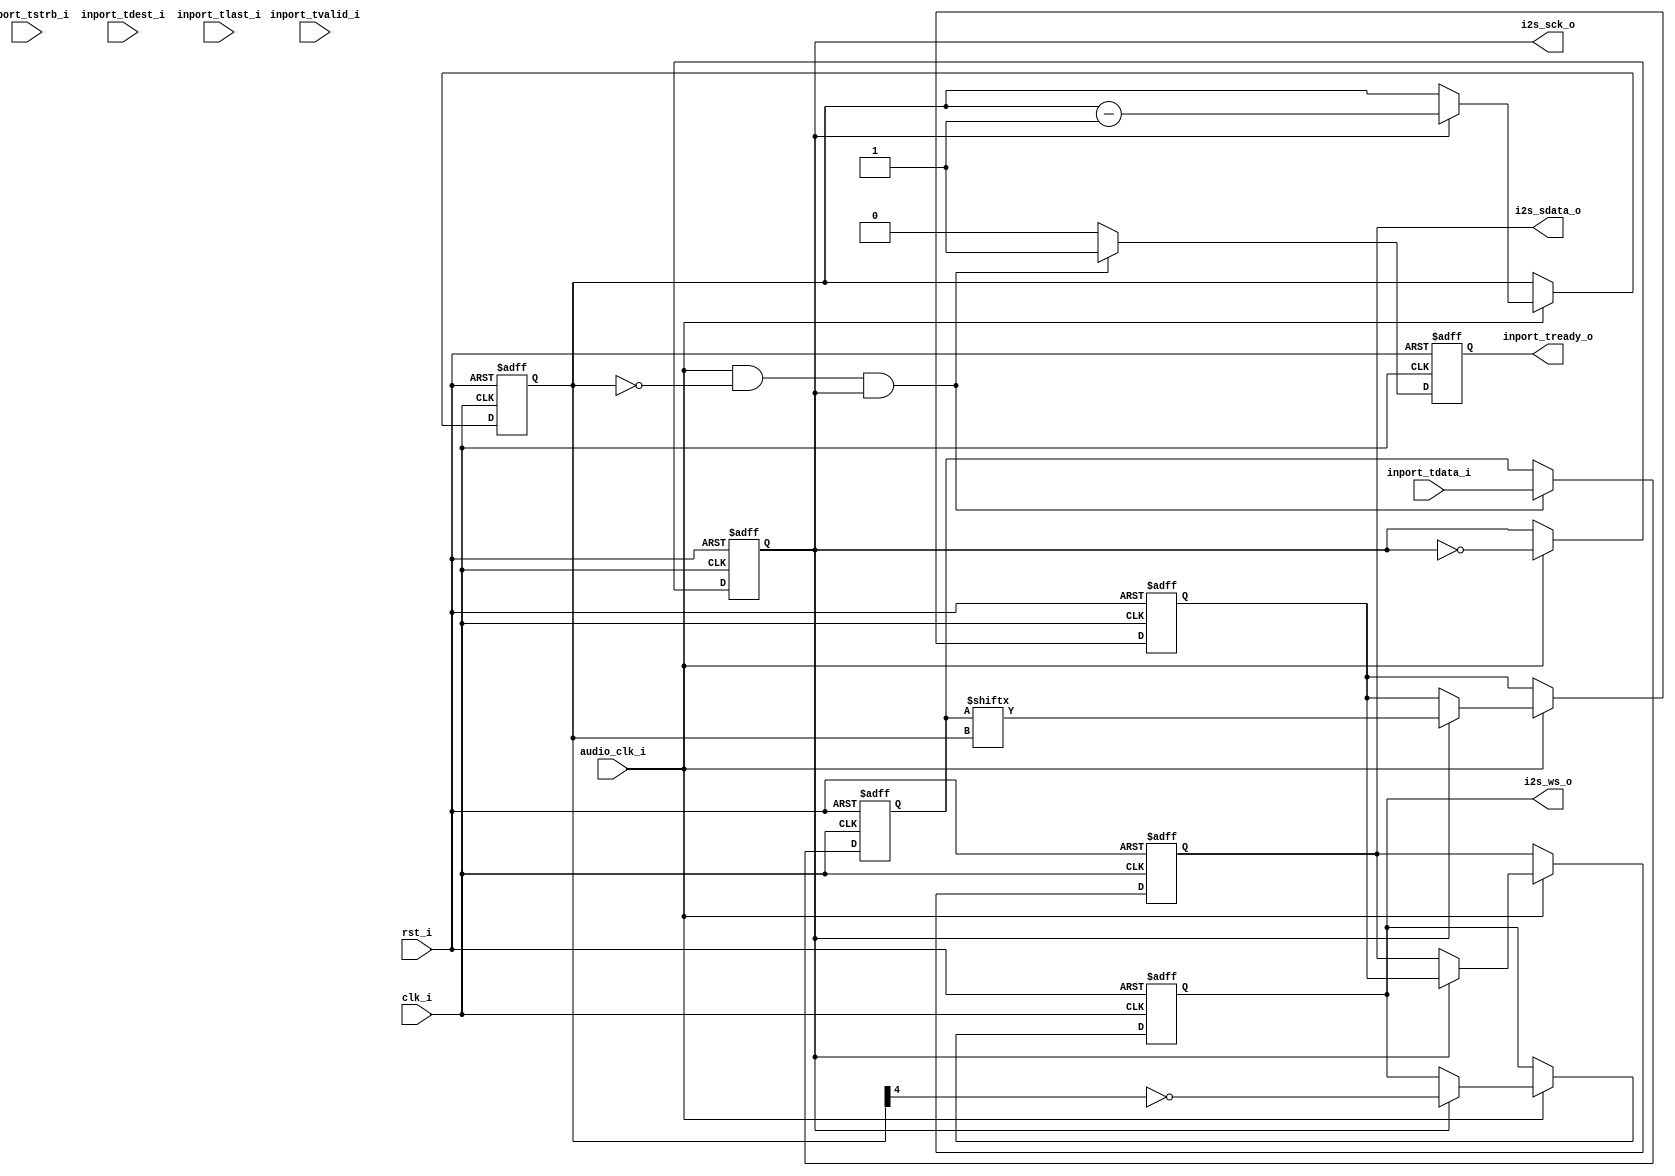
// This program was cloned from: https://github.com/ultraembedded/core_audio
// License: GNU General Public License v2.0

//-----------------------------------------------------------------
//                      Audio Controller
//                           V0.1
//                     Ultra-Embedded.com
//                     Copyright 2012-2019
//
//
//                         License: GPL
// If you would like a version with a more permissive license for
// use in closed source commercial applications please contact me
// for details.
//-----------------------------------------------------------------
//
// This file is open source HDL; you can redistribute it and/or 
// modify it under the terms of the GNU General Public License as 
// published by the Free Software Foundation; either version 2 of 
// the License, or (at your option) any later version.
//
// This file is distributed in the hope that it will be useful,
// but WITHOUT ANY WARRANTY; without even the implied warranty of
// MERCHANTABILITY or FITNESS FOR A PARTICULAR PURPOSE.  See the
// GNU General Public License for more details.
//
// You should have received a copy of the GNU General Public 
// License along with this file; if not, write to the Free Software
// Foundation, Inc., 59 Temple Place, Suite 330, Boston, MA 02111-1307
// USA
//-----------------------------------------------------------------

//-----------------------------------------------------------------
//                          Generated File
//-----------------------------------------------------------------

module audio_i2s
(
    // Inputs
     input           clk_i
    ,input           rst_i
    ,input           audio_clk_i
    ,input           inport_tvalid_i
    ,input  [ 31:0]  inport_tdata_i
    ,input  [  3:0]  inport_tstrb_i
    ,input  [  3:0]  inport_tdest_i
    ,input           inport_tlast_i

    // Outputs
    ,output          inport_tready_o
    ,output          i2s_sck_o
    ,output          i2s_sdata_o
    ,output          i2s_ws_o
);



//-----------------------------------------------------------------
// Registers
//-----------------------------------------------------------------
reg         sck_q;
reg         sdata_q;
reg         ws_q;
reg [4:0]   bit_count_q;

wire bit_clock_w = audio_clk_i;

//-----------------------------------------------------------------
// Buffer
//-----------------------------------------------------------------
reg [31:0] buffer_q;
reg        pop_q;

always @ (posedge rst_i or posedge clk_i)
if (rst_i)
begin
    buffer_q <= 32'b0;
    pop_q    <= 1'b0;
end
// Capture the next sample 1 SCK period before needed
else if (bit_clock_w && (bit_count_q == 5'd0) && sck_q)
begin
    buffer_q <= inport_tdata_i;
    pop_q    <= 1'b1;
end
else
    pop_q   <= 1'b0;

assign inport_tready_o = pop_q;

//-----------------------------------------------------------------
// I2S Output Generator
//-----------------------------------------------------------------
reg next_data_q;

always @ (posedge rst_i or posedge clk_i)
if (rst_i) 
begin
    bit_count_q     <= 5'd31;
    sdata_q         <= 1'b0;
    ws_q            <= 1'b0;
    sck_q           <= 1'b0;
    next_data_q     <= 1'b0;
end 
else if (bit_clock_w)
begin
    // SCK 1->0 - Falling Edge - drive SDATA
    if (sck_q)
    begin
        // SDATA lags WS by 1 cycle
        sdata_q     <= next_data_q;

        // Drive data MSB first
        next_data_q <= buffer_q[bit_count_q];

        // WS = 0 (left), 1 = (right)
        ws_q        <= ~bit_count_q[4];

        bit_count_q <= bit_count_q - 5'd1;
    end

    sck_q <= ~sck_q;
end

assign i2s_sck_o   = sck_q;
assign i2s_sdata_o = sdata_q;
assign i2s_ws_o    = ws_q;


endmodule